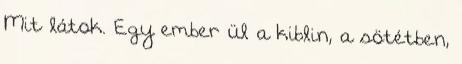
Mit látok. Egy ember ül a kiblin, a sötétben,